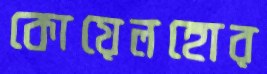
কোয়েলহোর